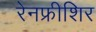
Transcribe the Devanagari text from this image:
रेनफ्रीशिर